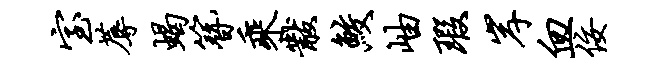
室蓐蝎簪乘黻鲛岫瑕岸血佞